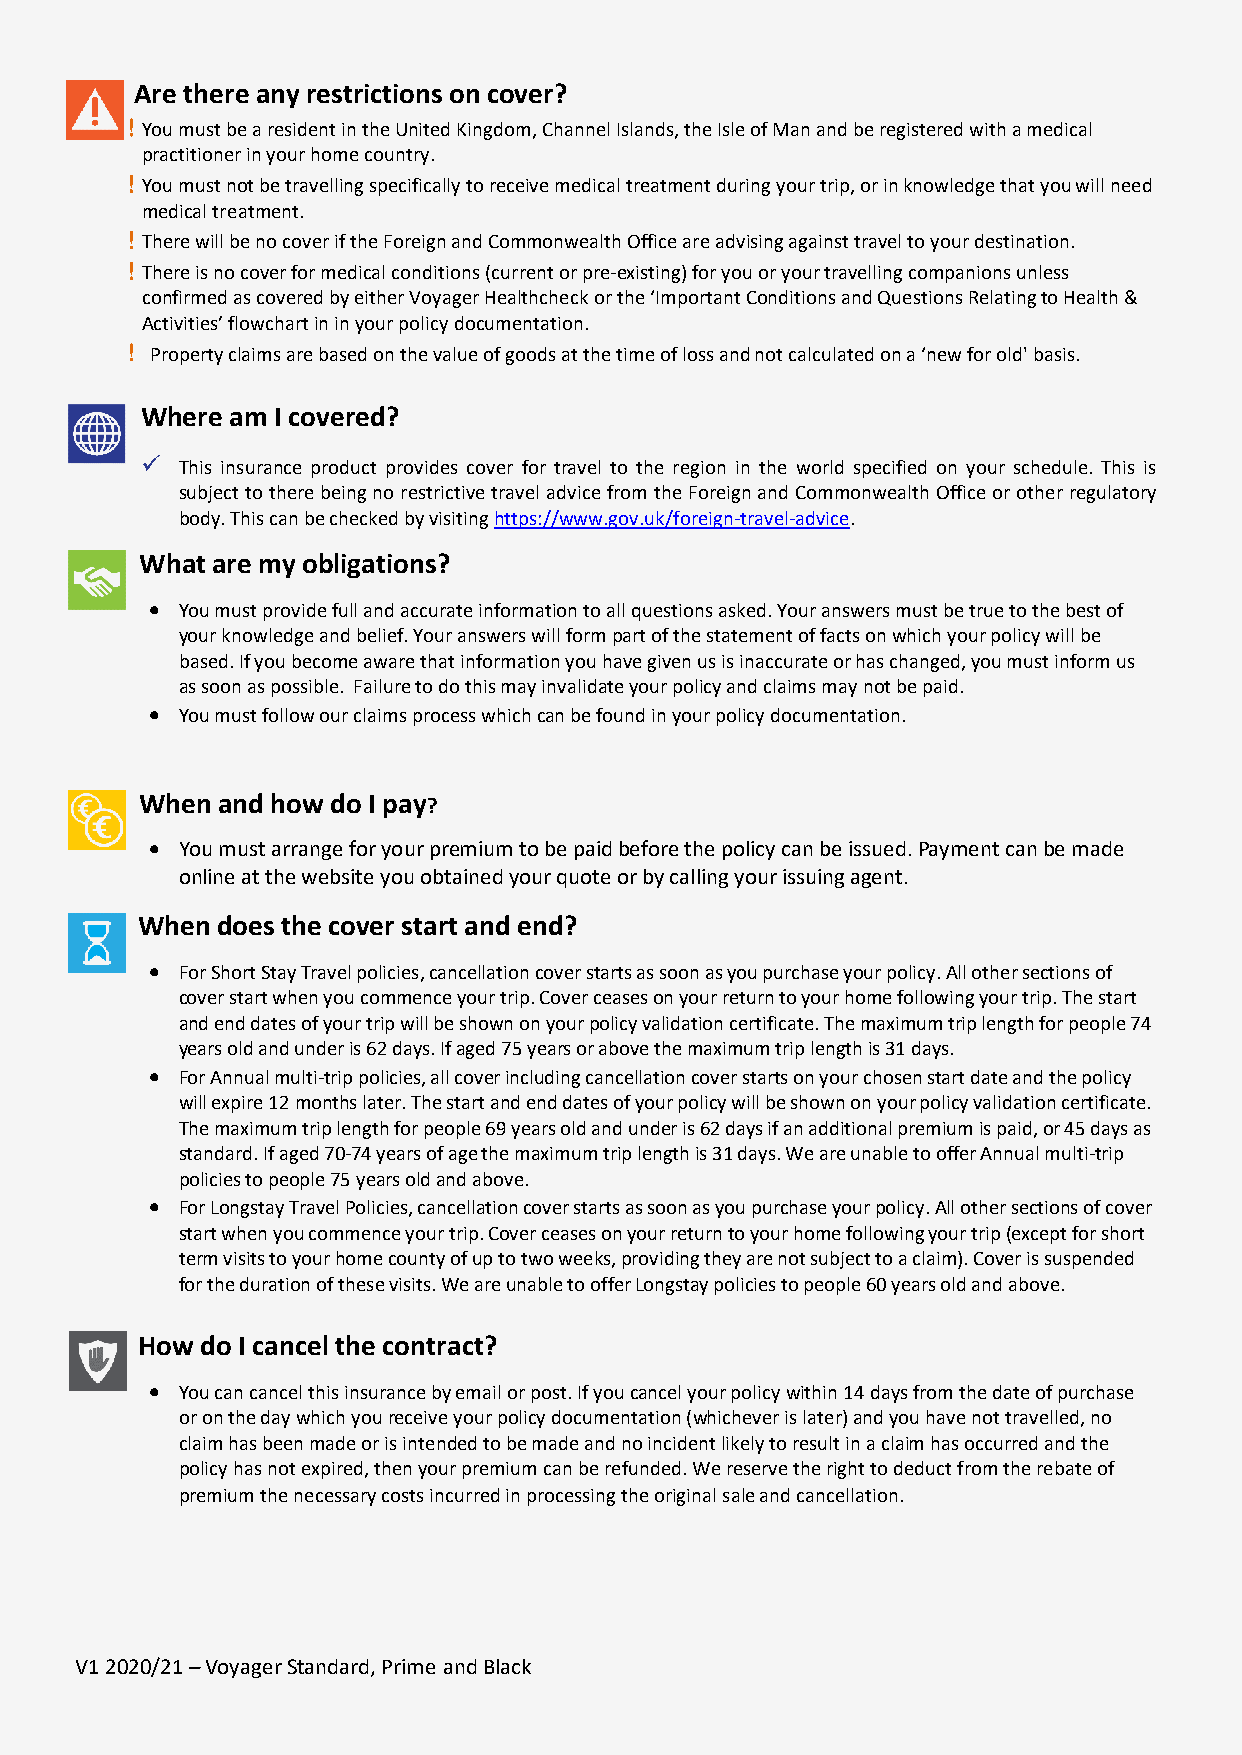
Are there any restrictions on cover?
 ! You must be a resident in the United Kingdom, Channel Islands, the Isle of Man and be registered with a medical
 practitioner in your home country.
 ! You must not be travelling specifically to receive medical treatment during your trip, or in knowledge that you will need
 medical treatment.
 ! There will be no cover if the Foreign and Commonwealth Office are advising against travel to your destination.
 ! There is no cover for medical conditions (current or pre-existing) for you or your travelling companions unless
 confirmed as covered by either Voyager Healthcheck or the ‘Important Conditions and Questions Relating to Health &
 Activities’ flowchart in in your policy documentation.
 ! Property claims are based on the value of goods at the time of loss and not calculated on a ‘new for old' basis.
 Where am I covered?
   This insurance product provides cover for travel to the region in the world specified on your schedule. This is
 subject to there being no restrictive travel advice from the Foreign and Commonwealth Office or other regulatory
 body. This can be checked by visiting https://www.gov.uk/foreign-travel-advice.
 What are my obligations?
 • You must provide full and accurate information to all questions asked. Your answers must be true to the best of
 your knowledge and belief. Your answers will form part of the statement of facts on which your policy will be
 based. If you become aware that information you have given us is inaccurate or has changed, you must inform us
 as soon as possible. Failure to do this may invalidate your policy and claims may not be paid.
 • You must follow our claims process which can be found in your policy documentation.
 When and how do I pay?
 • You must arrange for your premium to be paid before the policy can be issued. Payment can be made
 online at the website you obtained your quote or by calling your issuing agent.
 When does the cover start and end?
 • For Short Stay Travel policies, cancellation cover starts as soon as you purchase your policy. All other sections of
 cover start when you commence your trip. Cover ceases on your return to your home following your trip. The start
 and end dates of your trip will be shown on your policy validation certificate. The maximum trip length for people 74
 years old and under is 62 days. If aged 75 years or above the maximum trip length is 31 days.
 • For Annual multi-trip policies, all cover including cancellation cover starts on your chosen start date and the policy
 will expire 12 months later. The start and end dates of your policy will be shown on your policy validation certificate.
 The maximum trip length for people 69 years old and under is 62 days if an additional premium is paid, or 45 days as
 standard. If aged 70-74 years of age the maximum trip length is 31 days. We are unable to offer Annual multi-trip
 policies to people 75 years old and above.
 • For Longstay Travel Policies, cancellation cover starts as soon as you purchase your policy. All other sections of cover
 start when you commence your trip. Cover ceases on your return to your home following your trip (except for short
 term visits to your home county of up to two weeks, providing they are not subject to a claim). Cover is suspended
 for the duration of these visits. We are unable to offer Longstay policies to people 60 years old and above.
 How do I cancel the contract?
 • You can cancel this insurance by email or post. If you cancel your policy within 14 days from the date of purchase
 or on the day which you receive your policy documentation (whichever is later) and you have not travelled, no
 claim has been made or is intended to be made and no incident likely to result in a claim has occurred and the
 policy has not expired, then your premium can be refunded. We reserve the right to deduct from the rebate of
 premium the necessary costs incurred in processing the original sale and cancellation.
 V1 2020/21 – Voyager Standard, Prime and Black